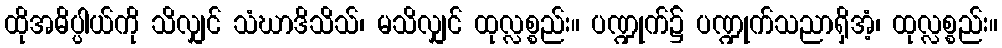
ထိုအဓိပ္ပါယ်ကို သိလျှင် သံဃာဒိသိသ်၊ မသိလျှင် ထုလ္လစ္စည်း။ ပဏ္ဍုက်၌ ပဏ္ဍုက်သညာရှိအံ့၊ ထုလ္လစ္စည်း။